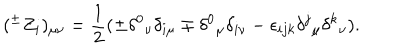
LaTeX: ( ^ { \pm } Z _ { i } ) _ { \mu \nu } = \frac { 1 } { 2 } ( \pm \delta ^ { 0 } { } _ { \nu } \delta _ { i \mu } \mp \delta ^ { 0 } { } _ { \mu } \delta _ { i \nu } - \epsilon _ { i j k } \delta ^ { j } { } _ { \mu } \delta ^ { k } { } _ { \nu } ) .